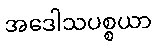
အဒေါသပစ္စယာ